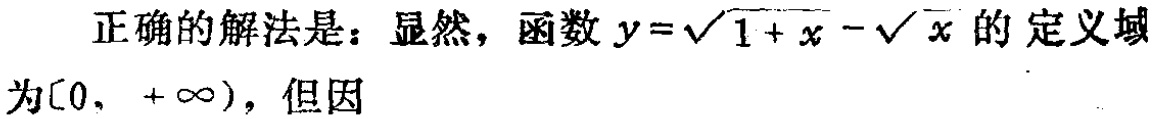
正确的解法是：显然，函数 \(y = \sqrt{1 + x}-\sqrt{x}\) 的定义域为\([0, +\infty)\)，但因